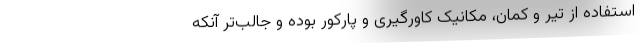
استفاده از تیر و کمان، مکانیک کاورگیری و پارکور بوده و جالب‌تر آنکه